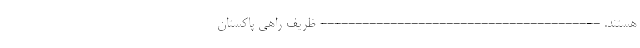
هستند. ---------------------------------------- ظریف راهی پاکستان